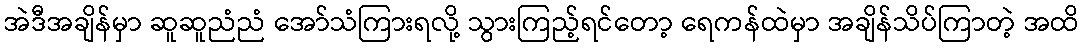
အဲဒီအချိန်မှာ ဆူဆူညံညံ အော်သံကြားရလို့ သွားကြည့်ရင်တော့ ရေကန်ထဲမှာ အချိန်သိပ်ကြာတဲ့ အထိ